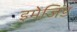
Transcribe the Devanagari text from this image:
इमेजिंड